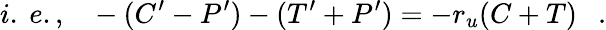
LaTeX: i.~e.,~~~-(C^{\prime}-P^{\prime})-(T^{\prime}+P^{\prime})=-r_{u}(C+T)~~~.